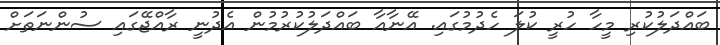
ބައްދަލުކުރި މީހާ ހުރީ ކުލަ ހެދުމުގައި. އޭނާއާ ބައްދަލުކުރުމުން އެދުނީ ރާއްޖޭގައި ސުންނަތަށް